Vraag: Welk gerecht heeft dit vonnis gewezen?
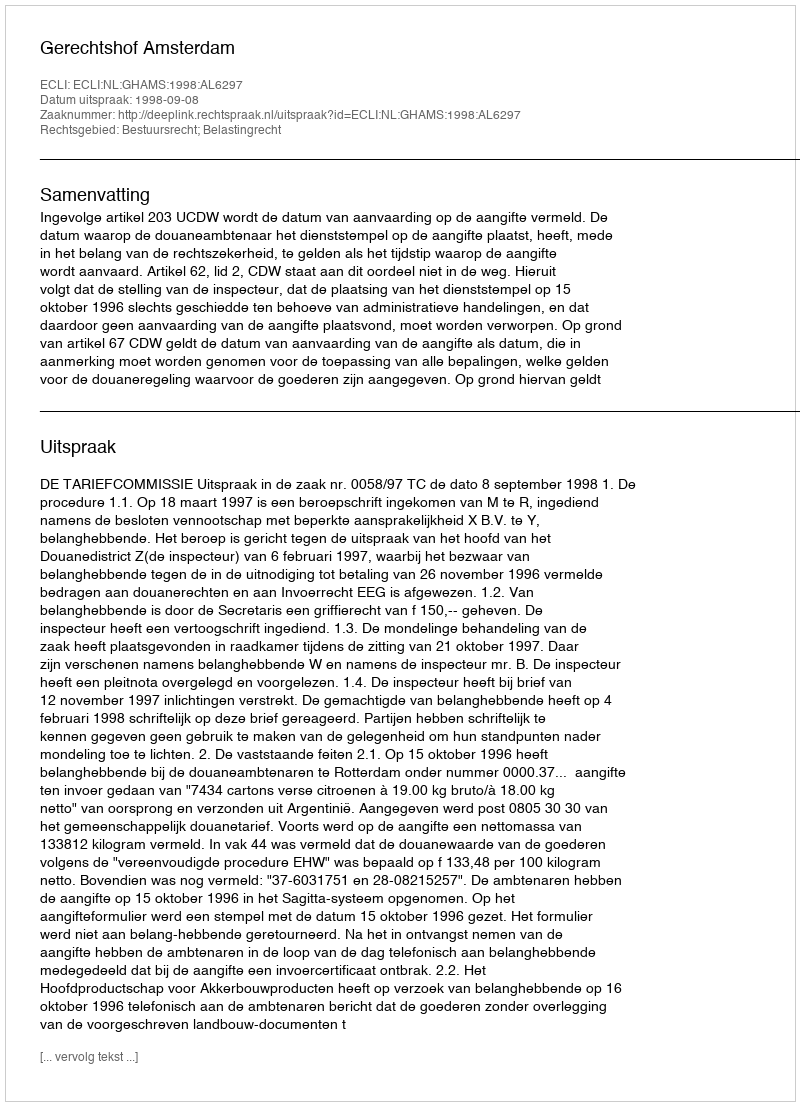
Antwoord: Gerechtshof Amsterdam